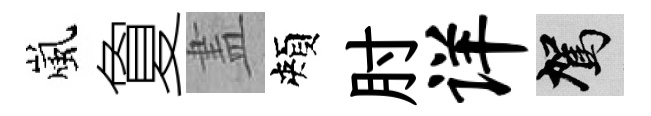
嵐夐𥁞頰肘详駕